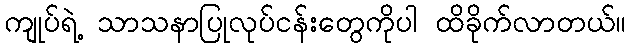
ကျုပ်ရဲ့ သာသနာပြုလုပ်ငန်းတွေကိုပါ ထိခိုက်လာတယ်။